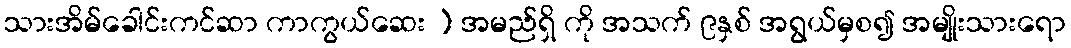
သားအိမ်ခေါင်းကင်ဆာ ကာကွယ်ဆေး ) အမည်ရှိ ကို အသက် ၉နှစ် အရွယ်မှစ၍ အမျိုးသားရော